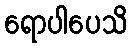
ရောပါပေသိ